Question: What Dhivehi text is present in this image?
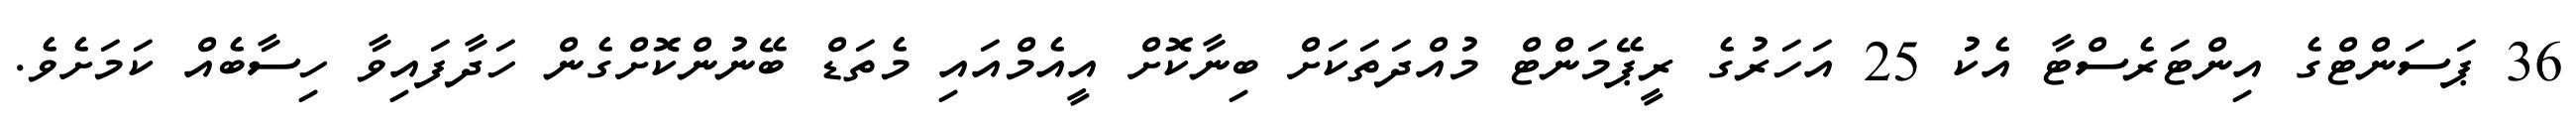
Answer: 36 ޕަސަންޓްގެ އިންޓަރެސްޓާ އެކު 25 އަހަރުގެ ރީޕޭމަންޓް މުއްދަތަކަށް ބިނާކޮށް އީއެމްއައި މެތަޑް ބޭނުންކޮށްގެން ހަދާފައިވާ ހިސާބެއް ކަމަށެވެ.